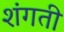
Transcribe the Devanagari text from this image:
शंगती